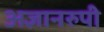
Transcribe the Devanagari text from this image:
अज्ञानरुपी